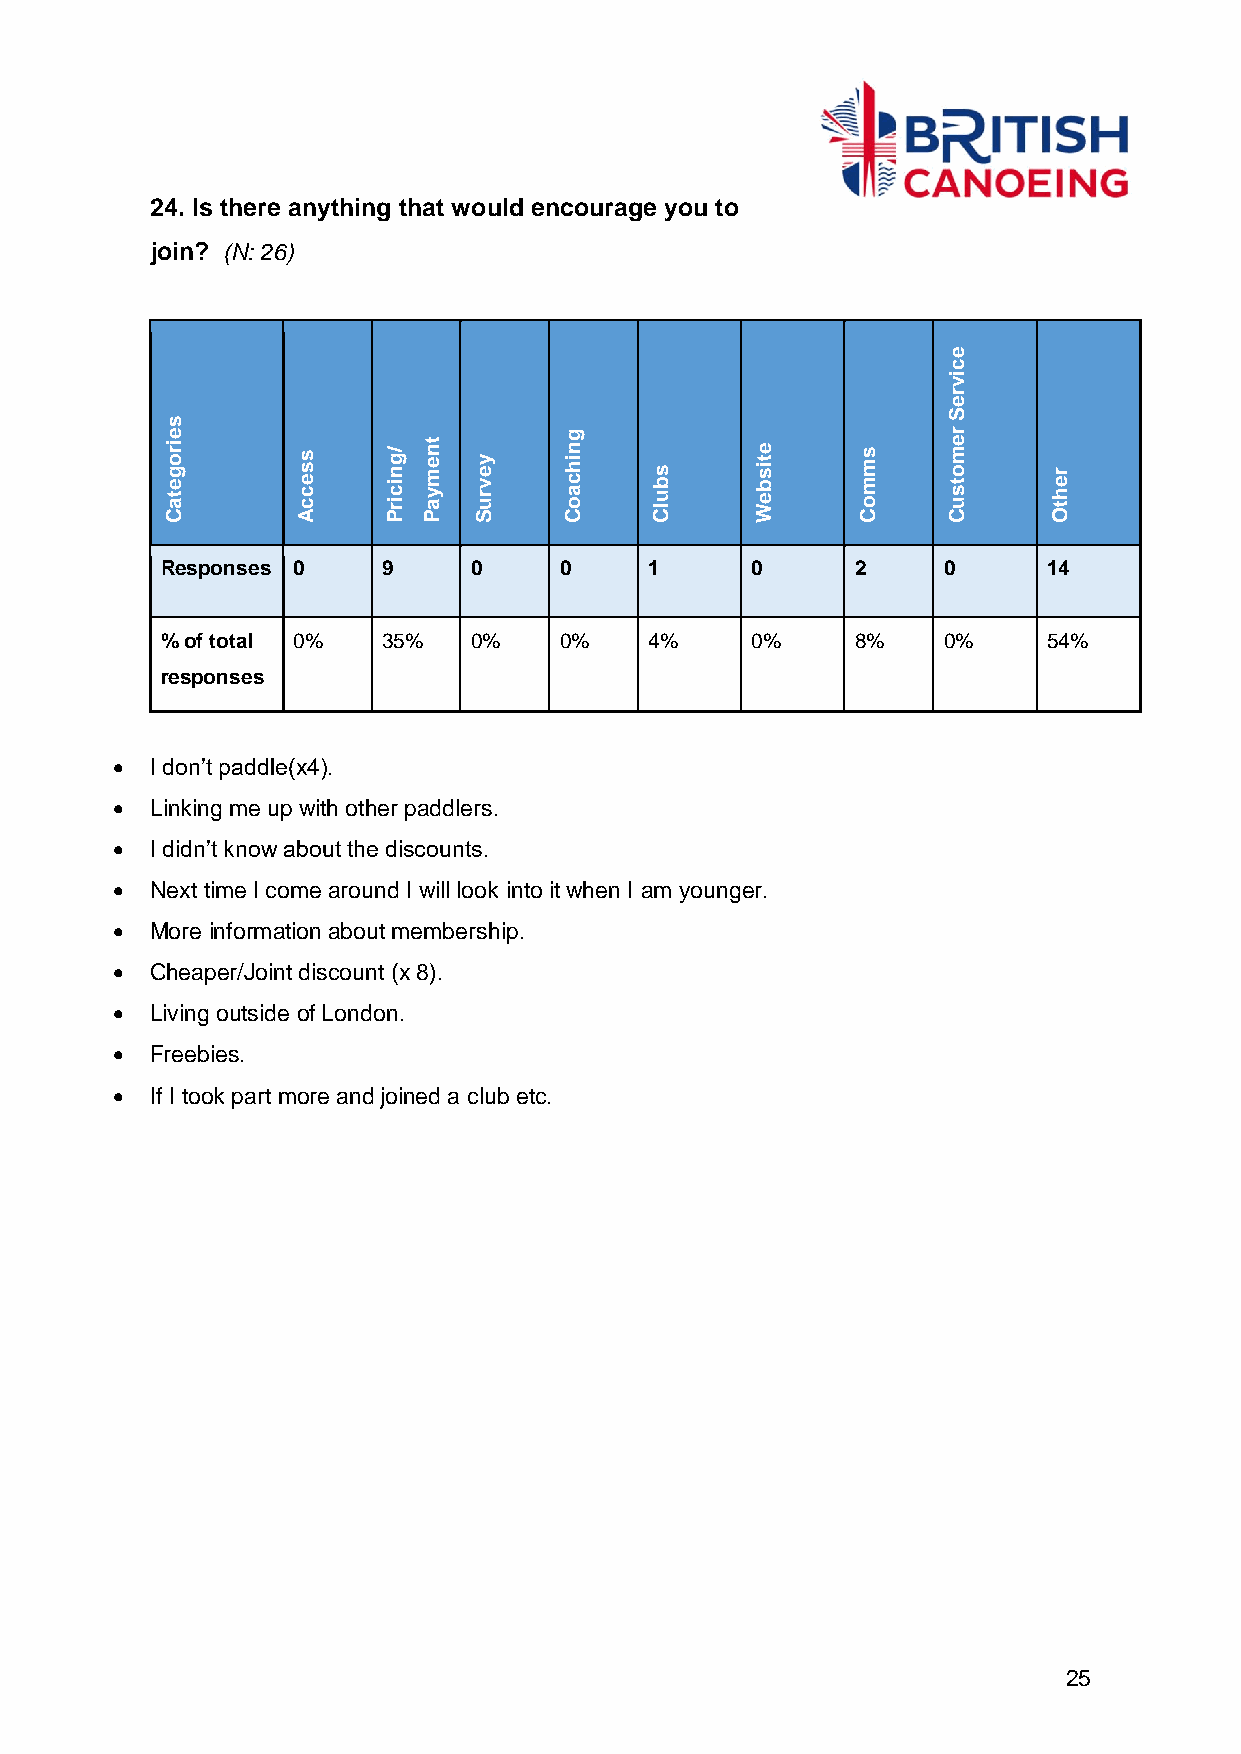
24. Is there anything that would encourage you to
 join? (N: 26)
 e
 c
 vi
 r
 e
 Categories
 Access Pricing/
 Payment
 Survey
 Coaching
 Clubs
 Website Comms
 Customer
 S
 Other
 Responses 0   9     0     0     1      0      2    0      14
 % of total 0% 35%   0%    0%    4%     0%     8%   0%     54%
 responses
   I don’t paddle(x4).
   Linking me up with other paddlers.
   I didn’t know about the discounts.
   Next time I come around I will look into it when I am younger.
   More information about membership.
   Cheaper/Joint discount (x 8).
   Living outside of London.
   Freebies.
   If I took part more and joined a club etc.
 25